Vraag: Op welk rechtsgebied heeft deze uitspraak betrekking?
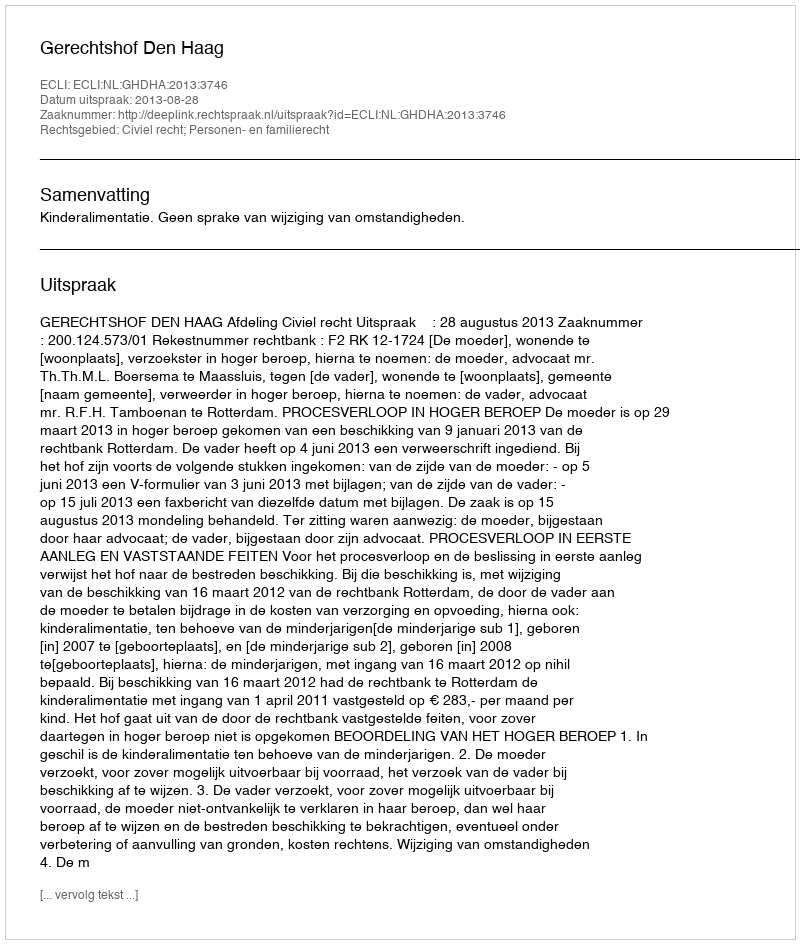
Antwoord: Civiel recht; Personen- en familierecht